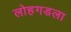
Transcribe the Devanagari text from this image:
लोहगडला